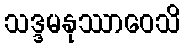
သဒ္ဒမနုဿာဝေသိ